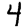
Digit: 4